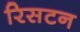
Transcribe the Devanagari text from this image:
रिसटन